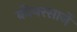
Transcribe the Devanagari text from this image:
कीयरसार्जे